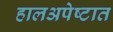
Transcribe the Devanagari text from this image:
हालअपेष्टात